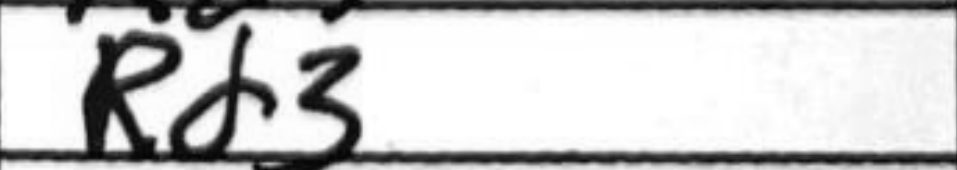
Transcription: Rd3